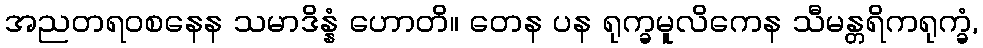
အညတရဝစနေန သမာဒိန္နံ ဟောတိ။ တေန ပန ရုက္ခမူလိကေန သီမန္တရိကရုက္ခံ,